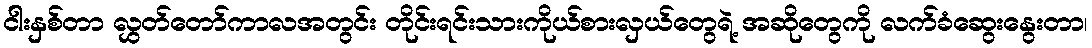
ငါးနှစ်တာ လွှတ်တော်ကာလအတွင်း တိုင်းရင်းသားကိုယ်စားလှယ်တွေရဲ့ အဆိုတွေကို လက်ခံဆွေးနွေးတာ၊